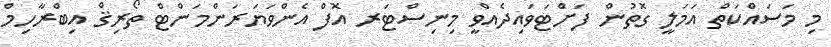
މި މަސައްކަތް އަމަލީ ގޮތުން ފަށްޓަވައިދެއްވީ މިނިސްޓަރ އޮފް އެންވަޔަރަންމަންޓް ތޯރިޤް އިބްރާހިމް